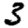
Digit: 3